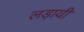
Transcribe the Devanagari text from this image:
लड़ायी